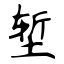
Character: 堑